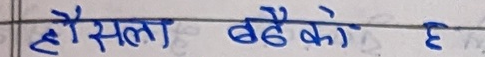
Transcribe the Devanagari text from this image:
हौसला बढ़े को है